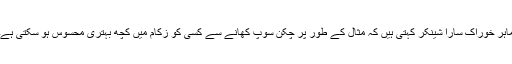
ماہر خوراک سارا شینکر کہتی ہیں کہ مثال کے طور پر چکن سوپ کھانے سے کسی کو زکام میں کچھ بہتری محسوس ہو سکتی ہے۔